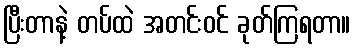
ပြီးတာနဲ့ တပ်ထဲ အတင်းဝင် ခုတ်ကြရတာ။